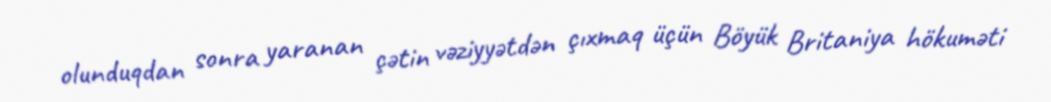
olunduqdan sonra yaranan çətin vəziyyətdən çıxmaq üçün Böyük Britaniya hökuməti